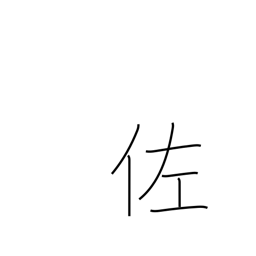
Meaning: assistant